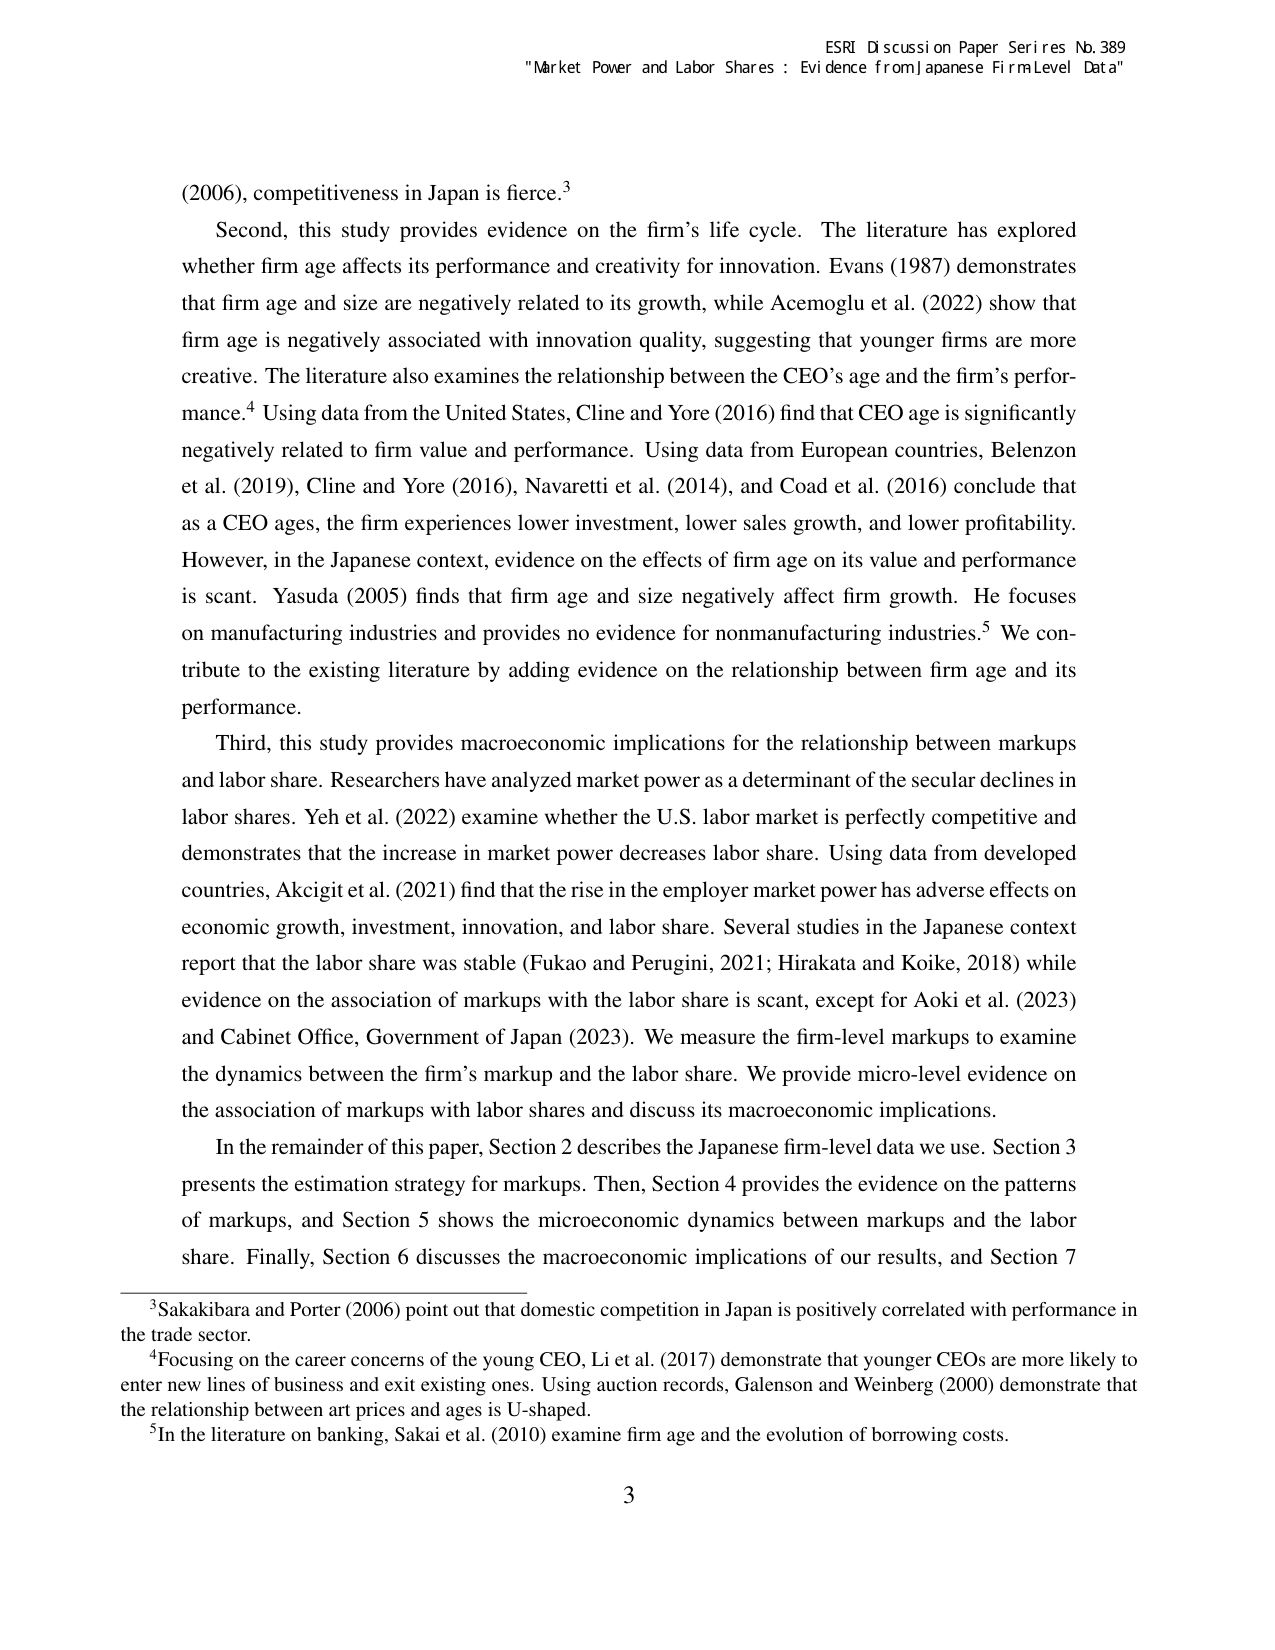
ESRI Discussion Paper Series No. 389
"Market Power and Labor Shares: Evidence from Japanese Firm-Level Data"

(2006), competitiveness in Japan is fierce.³

Second, this study provides evidence on the firm’s life cycle. The literature has explored whether firm age affects its performance and creativity for innovation. Evans (1987) demonstrates that firm age and size are negatively related to its growth, while Acemoglu et al. (2022) show that firm age is negatively associated with innovation quality, suggesting that younger firms are more creative. The literature also examines the relationship between the CEO’s age and the firm’s performance.⁴ Using data from the United States, Cline and Yore (2016) find that CEO age is significantly negatively related to firm value and performance. Using data from European countries, Belenzon et al. (2019), Cline and Yore (2016), Navaretti et al. (2014), and Coad et al. (2016) conclude that as a CEO ages, the firm experiences lower investment, lower sales growth, and lower profitability. However, in the Japanese context, evidence on the effects of firm age on its value and performance is scant. Yasuda (2005) finds that firm age and size negatively affect firm growth. He focuses on manufacturing industries and provides no evidence for nonmanufacturing industries.⁵ We contribute to the existing literature by adding evidence on the relationship between firm age and its performance.

Third, this study provides macroeconomic implications for the relationship between markups and labor share. Researchers have analyzed market power as a determinant of the secular declines in labor shares. Yeh et al. (2022) examine whether the U.S. labor market is perfectly competitive and demonstrates that the increase in market power decreases labor share. Using data from developed countries, Akcigit et al. (2021) find that the rise in the employer market power has adverse effects on economic growth, investment, innovation, and labor share. Several studies in the Japanese context report that the labor share was stable (Fukao and Perugini, 2021; Hirakata and Koike, 2018) while evidence on the association of markups with the labor share is scant, except for Aoki et al. (2023) and Cabinet Office, Government of Japan (2023). We measure the firm-level markups to examine the dynamics between the firm’s markup and the labor share. We provide micro-level evidence on the association of markups with labor shares and discuss its macroeconomic implications.

In the remainder of this paper, Section 2 describes the Japanese firm-level data we use. Section 3 presents the estimation strategy for markups. Then, Section 4 provides the evidence on the patterns of markups, and Section 5 shows the microeconomic dynamics between markups and the labor share. Finally, Section 6 discusses the macroeconomic implications of our results, and Section 7

³ Sakakibara and Porter (2006) point out that domestic competition in Japan is positively correlated with performance in the trade sector.

⁴ Focusing on the career concerns of the young CEO, Li et al. (2017) demonstrate that younger CEOs are more likely to enter new lines of business and exit existing ones. Using auction records, Galenson and Weinberg (2000) demonstrate that the relationship between art prices and ages is U-shaped.

⁵ In the literature on banking, Sakai et al. (2010) examine firm age and the evolution of borrowing costs.

3